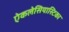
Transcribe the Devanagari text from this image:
ऐकलेसियास्टिका